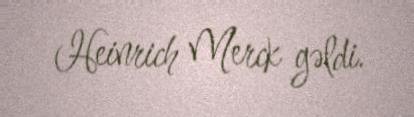
Heinrich Merck gəldi.